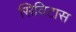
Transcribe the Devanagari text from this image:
सिविटास